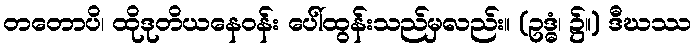
တတောပိ၊ ထိုဒုတိယနေဝန်း ပေါ်ထွန်းသည်မှလည်း။ (ဥဒ္ဓံ၊ ၌။) ဒီဃဿ